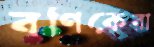
বণিকেরা